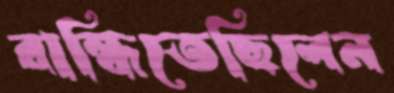
রান্ধিতেছিলেন